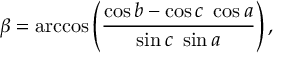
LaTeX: \beta = \operatorname { a r c c o s } \left( { \frac { \cos b - \cos c \ \cos a } { \sin c \ \sin a } } \right) ,